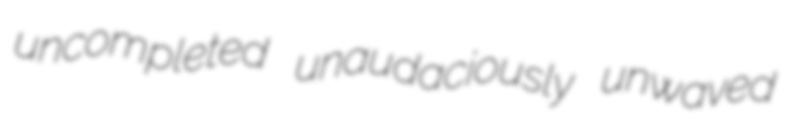
uncompleted unaudaciously unwaved